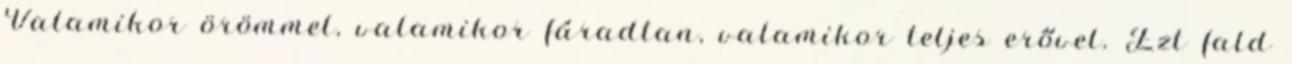
Valamikor örömmel, valamikor fáradtan, valamikor teljes erővel. Ezt fald